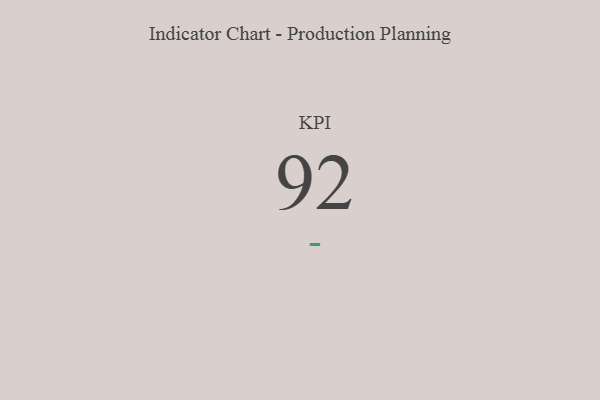
{"axis": {"x": "KPI", "y": "Value"}, "legend": [""], "data": [{"x": "KPI", "y": 92, "type": ""}]}